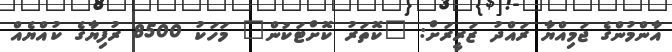
އާންމުންގެ ޖަމިއްޔާ ރައްދު ޒަރީރަށް: "ކޮތަރު ކޮށްޓަކުން" މަހަކު 8500 ރުފިޔާގެ ކުއްޔެއް